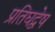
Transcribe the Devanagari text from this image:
प्रतिघद्वेष